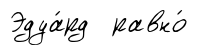
Эдуа́рд равно́